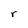
Character: r